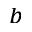
^ { b }